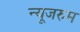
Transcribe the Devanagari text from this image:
न्यूजरुम